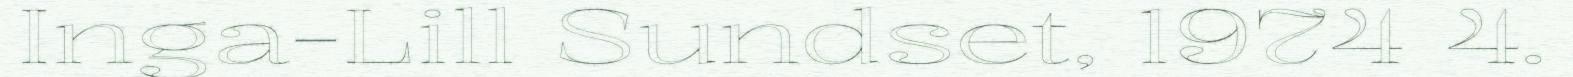
Inga-Lill Sundset, 1974 4.